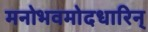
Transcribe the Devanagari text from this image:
मनोभवमोदधारिन्